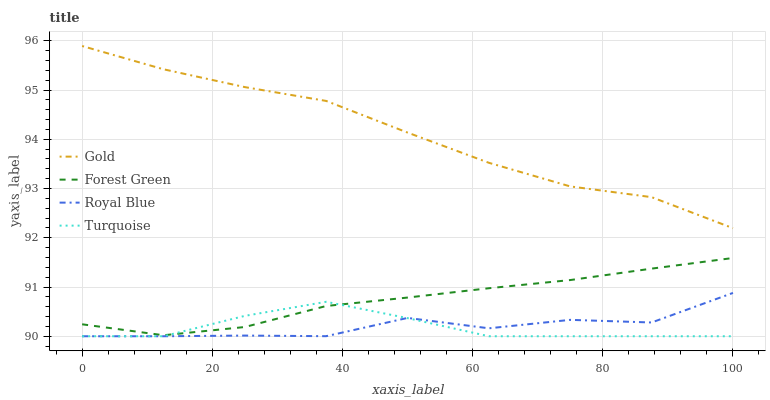
| xaxis_label | Gold | Forest Green | Royal Blue | Turquoise |
 | --- | --- | --- | --- | --- |
 | 0 | 95.9 | 90.2 | 90 | 90 |
 | 12.5 | 95.4 | 90 | 90 | 90 |
 | 25 | 95.1 | 90.2 | 90 | 90.4 |
 | 37.5 | 94.8 | 90.6 | 90 | 90.7 |
 | 50 | 94.1 | 90.8 | 90.4 | 90.4 |
 | 62.5 | 93.5 | 91 | 90.2 | 90 |
 | 75 | 93 | 91.1 | 90.3 | 90 |
 | 87.5 | 92.8 | 91.4 | 90.3 | 90 |
 | 100 | 92.2 | 91.6 | 90.9 | 90 |